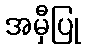
အမှီပြု